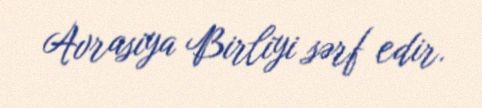
Avrasiya Birliyi sərf edir.